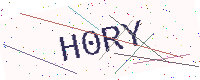
Text: H0RY